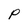
Character: P